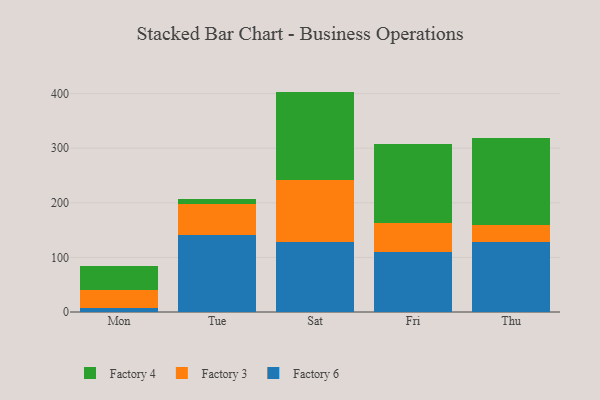
{"axis": {"x": "Day", "y": "Bounce Rate (%)"}, "legend": ["Factory 3", "Factory 4", "Factory 6"], "data": [{"x": "Mon", "y": 8.2, "type": "Factory 6"}, {"x": "Mon", "y": 32.9, "type": "Factory 3"}, {"x": "Mon", "y": 43.7, "type": "Factory 4"}, {"x": "Tue", "y": 140.3, "type": "Factory 6"}, {"x": "Tue", "y": 56.9, "type": "Factory 3"}, {"x": "Tue", "y": 9.7, "type": "Factory 4"}, {"x": "Sat", "y": 128.2, "type": "Factory 6"}, {"x": "Sat", "y": 114.2, "type": "Factory 3"}, {"x": "Sat", "y": 161.4, "type": "Factory 4"}, {"x": "Fri", "y": 110.3, "type": "Factory 6"}, {"x": "Fri", "y": 53.0, "type": "Factory 3"}, {"x": "Fri", "y": 144.6, "type": "Factory 4"}, {"x": "Thu", "y": 128.9, "type": "Factory 6"}, {"x": "Thu", "y": 30.9, "type": "Factory 3"}, {"x": "Thu", "y": 158.8, "type": "Factory 4"}]}